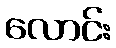
လောင်း